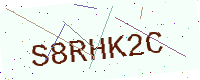
Text: S8RHK2C